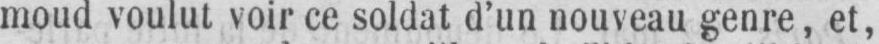
moud voulut voir ce soldat d’un nouveau genre, et,